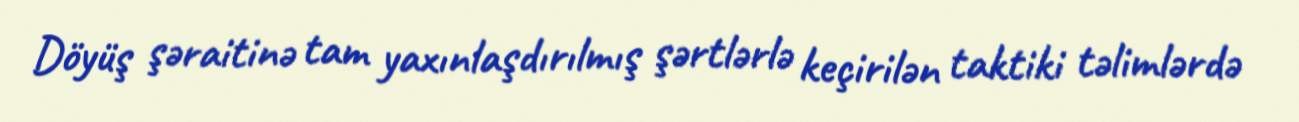
Döyüş şəraitinə tam yaxınlaşdırılmış şərtlərlə keçirilən taktiki təlimlərdə